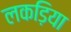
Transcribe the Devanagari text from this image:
लकड़िया